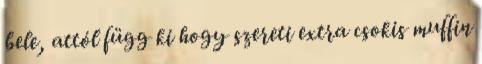
bele, attól függ ki hogy szereti extra csokis muffin